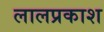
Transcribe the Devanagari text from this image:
लालप्रकाश